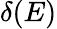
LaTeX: \delta(E)